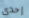
إحدى